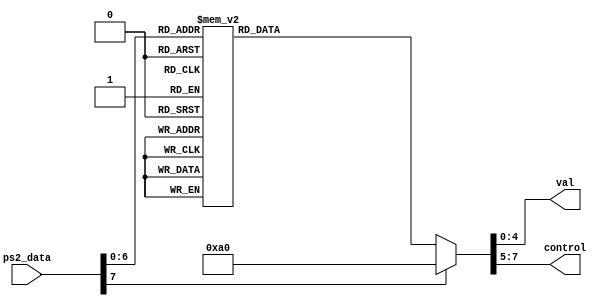
module lab6_prev_2(
input [7:0] ps2_data,
output reg [4:0] val,
output reg [2:0] control
);

always@ (*) begin
case(ps2_data)
8'h45: begin
	val = 5'd0;
	control = 3'd1; end
8'h16: begin
	val = 5'd1;
	control = 3'd1; end
8'h1E: begin
	val = 5'd2;
	control = 3'd1; end
8'h26: begin
	val = 5'd3;
	control = 3'd1; end
8'h25: begin
	val = 5'd4;
	control = 3'd1; end
8'h2E: begin
	val = 5'd5;
	control = 3'd1; end
8'h36: begin
	val = 5'd6;
	control = 3'd1; end
8'h3D: begin
	val = 5'd7;
	control = 3'd1; end
8'h3E: begin
	val = 5'd8;
	control = 3'd1; end
8'h46: begin
	val = 5'd9;
	control = 3'd1; end
8'h1C: begin 
	val = 5'd10;
	control = 3'd1; end
8'h32: begin
	val = 5'd11;
	control = 3'd1; end
8'h21: begin
	val = 5'd12;
	control = 3'd1; end
8'h23: begin
	val = 5'd13;
	control = 3'd1; end
8'h24: begin
	val = 5'd14;
	control = 3'd1; end
8'h2B: begin
	val = 5'd15;
	control = 3'd1; end
8'h5A: begin
	val = 5'd16;
	control = 3'd2; end
8'h6B: begin
	val = 5'd17;
	control = 3'd3; end
8'h74: begin
	val = 5'd18;
	control = 3'd3; end
8'h75: begin
	val = 5'd19;
	control = 3'd3; end
8'h72: begin
	val = 5'd20;
	control = 3'd3; end
8'h79: begin
	val = 5'd21;
	control = 3'd4; end
8'h7B: begin
	val = 5'd22;
	control = 3'd4; end
8'h7C: begin
	val = 5'd23;
	control = 3'd4; end
8'h35: begin
	val = 5'd24;
	control = 3'd4; end
8'h44: begin
	val = 5'd25;
	control = 3'd4; end
default: begin
	val = 5'd0;
	control = 3'd5; end
endcase end
endmodule